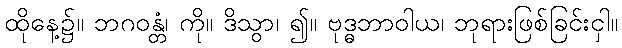
ထိုနေ့၌။ ဘဂဝန္တံ၊ ကို။ ဒိသွာ၊ ၍။ ဗုဒ္ဓဘာဝါယ၊ ဘုရားဖြစ်ခြင်းငှါ။